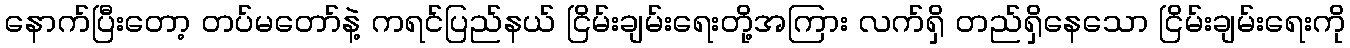
နောက်ပြီးတော့ တပ်မတော်နဲ့ ကရင်ပြည်နယ် ငြိမ်းချမ်းရေးတို့အကြား လက်ရှိ တည်ရှိနေသော ငြိမ်းချမ်းရေးကို